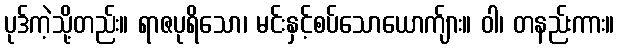
ပုဒ်ကဲ့သို့တည်း။ ရာဇပုရိသော၊ မင်းနှင့်စပ်သောယောက်ျား။ ဝါ၊ တနည်းကား။